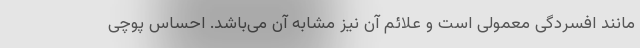
مانند افسردگی معمولی است و علائم آن نیز مشابه آن می‌باشد. احساس پوچی